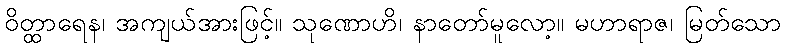
ဝိတ္ထာရေန၊ အကျယ်အားဖြင့်။ သုဏောဟိ၊ နာတော်မူလော့။ မဟာရာဇ၊ မြတ်သော